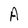
Character: A